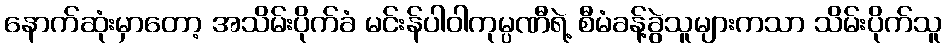
နောက်ဆုံးမှာတော့ အသိမ်းပိုက်ခံ မင်းန်ပါဝါကုမ္ပဏီရဲ့ စီမံခန့်ခွဲသူများကသာ သိမ်းပိုက်သူ